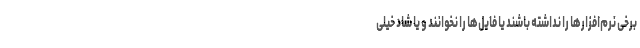
برخی نرم‌افزارها را نداشته باشند یا فایل‌ها را نخوانند و یا شاد خیلی